Report on the treatment of epidemic cholera: from information collected by the governments of Bengal, Madras, Bombay, N.W. Provinces, Punjab, Oudh, and Central India, by order of the Government of India
Disease focus: Cholera
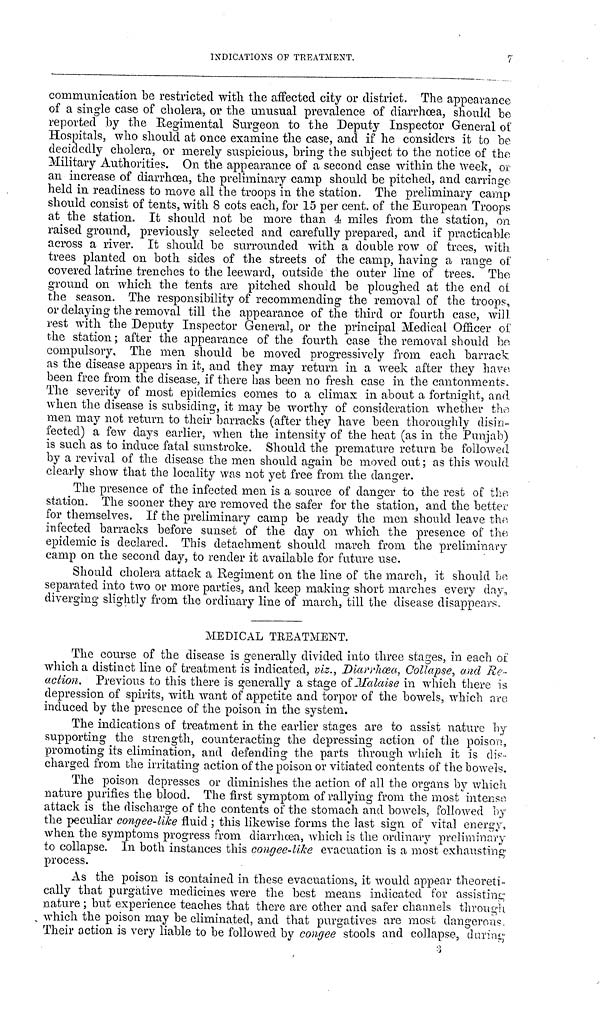
INDICATIONS OF
TREATMENT.
7
communication be restricted with the affected city or district. The appearance
of a single case of cholera, or the unusual prevalence of diarrhoea, should be
reported by the Regimental Surgeon to the Deputy Inspector General of
Hospitals, who should at once examine the case, and if he considers it to be
decidedly cholera, or merely suspicious, bring the subject to the notice of the
Military Authorities. On the appearance of a second case within the week, or
an increase of diarrhœa, the preliminary camp should be pitched, and carriage
held in readiness to move all the troops m the station. The preliminary camp
should consist of tents, with 8 cots each, for 15 per cent. of the European Troops
at the station. It should not be more than a miles from the station, on
raised ground, previously selected and carefully prepared, and if practicable
across a river. It should be surrounded with a double row of trees, with
trees planted on both sides of the streets of the camp, having a range of
covered latrine trenches to the leeward, outside the outer line of trees. The
ground on which the tents are pitched should be ploughed at the end of
the season. The responsibility of recommending the removal of the troops,
or delaying the removal till the appearance of the third or fourth case, will
rest with the Deputy Inspector General, or the principal Medical Officer of
the station; after the appearance of the fourth case the removal should bo
compulsory. The men should be moved progressively from each barrack
as the disease appears in it, and they may return in a week after they have
been free from the disease, if there has been no fresh case in the cantonment.
The severity of most epidemics comes to a climax in about a fortnight, and.
when the disease is subsiding, it may be worthy of consideration whether the
men may not return to their barracks (after they have been thoroughly disin-
fected) a few days earlier, when the intensity of the heat (as in the Punjab)
is such as to induce fatal sunstroke. Should the premature return be followed
by a revival of the disease the men should again be moved out; as this would
clearly show that the locality was not yet free from the danger.
The presence of the infected men is a source of danger to the rest of the
station. The sooner they are removed the safer for the station, and the better
for themselves. If the preliminary camp be ready the men should leave the
infected barracks before sunset of the day on which the presence of the
epidemic is declared. This detachment should march from the preliminary
camp on the second day, to render it available for future use.
Should cholera attack a Regiment on the line of the march, it should bo
separated into two or more parties, and keep making short marches every day,
diverging slightly from the ordinary line of march, till the disease disappears
MEDICAL TREATMENT.
The course of the disease is generally divided into three stages, in each of
which a distinct line of treatment is indicated, viz., Diarrhœa, Collapse, and Re-
action. Previous to this there is generally a stage Malaise in which there is
depression of spirits, with want of appetite and torpor of the bowels, which are
induced by the presence of the poison in the system.
The indications of treatment in the earlier stages are to assist nature by
supporting the strength, counteracting the depressing action of the poison,
promoting its elimination, and defending the parts through which it is dis-
charged from the irritating action of the poison or vitiated contents of the bowels.
The poison depresses or diminishes the action of all the organs by which
nature purifies the blood. The first symptom of rallying from the most intenso
attack is the discharge of the contents of the stomach and bowels, followed by
the peculiar congee-like fluid ; this likewise forms the last sign of vital energy,
when the symptoms progress from diarrhcea, which is the ordinary preliminary
to collapse. In both instances this congee-like evacuation is a most exhausting
process.
As the poison is contained in these evacuations, it would appear theoreti-
cally that purgative medicines were the best means indicated for assisting
nature; but experience teaches that there are other and safer channels through
which the poison may be eliminated, and that purgatives are most dangerous.
Their action is very liable to be followed by congee stools and collapse, during
3